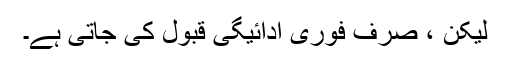
لیکن ، صرف فوری ادائیگی قبول کی جاتی ہے۔